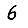
Digit: 6